Indian journal of veterinary science and animal husbandry - Volumes 24-25, 1954-1955
Year: 1954
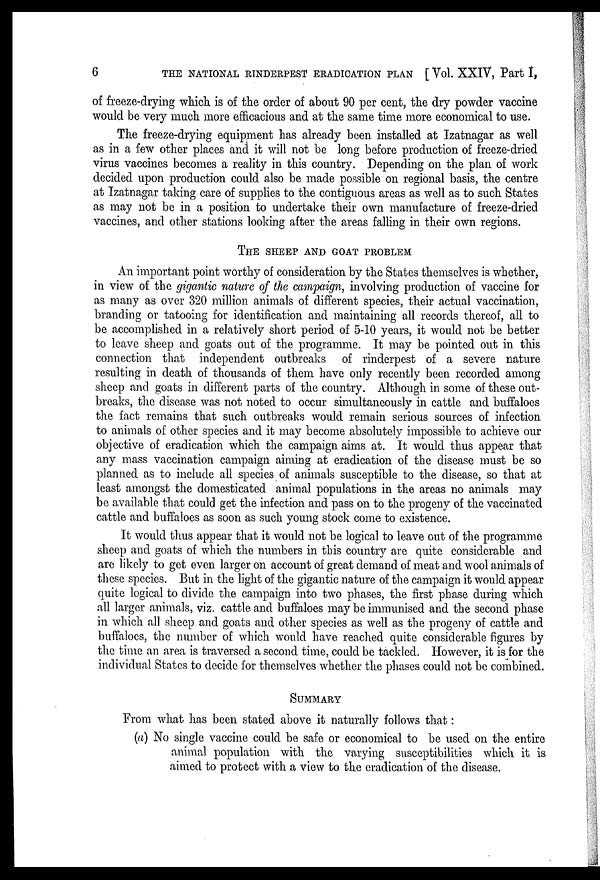
6
THE NATIONAL RINDERPEST ERADICATION PLAN [Vol. XXIV, Part I,
of freeze-drying which is of the order of about 90 per cent, the dry powder vaccine
would be very much more efficacious and at the same time more economical to use.
The freeze-drying equipment has already been installed at Izatnagar as well
as in a few other places and it will not be long before production of freeze-dried
virus vaccines becomes a reality in this country. Depending on the plan of work
decided upon production could also be made possible on regional basis, the centre
at Izatnagar taking care of supplies to the contiguous areas as well as to such States
as may not be in a position to undertake their own manufacture of freeze-dried
vaccines, and other stations looking after the areas falling in their own regions.
THE SHEEP AND GOAT PROBLEM
An important point worthy of consideration by the States themselves is whether,
in view of the gigantic nature of the campaign, involving production of vaccine for
as many as over 320 million animals of different species, their actual vaccination,
branding or tatooing for identification and maintaining all records thereof, all to
be accomplished in a relatively short period of 5-10 years, it would not be better
to leave sheep and goats out of the programme. It may be pointed out in this
connection that independent outbreaks of rinderpest of a severe nature
resulting in death of thousands of them have only recently been recorded among
sheep and goats in different parts of the country. Although in some of these out-
breaks, the disease was not noted to occur simultaneously in cattle and buffaloes
the fact remains that such outbreaks would remain serious sources of infection
to animals of other species and it may become absolutely impossible to achieve our
objective of eradication which the campaign aims at. It would thus appear that
any mass vaccination campaign aiming at eradication of the disease must be so
planned as to include all species of animals susceptible to the disease, so that at
least amongst the domesticated animal populations in the areas no animals may
be available that could get the infection and pass on to the progeny of the vaccinated
cattle and buffaloes as soon as such young stock come to existence.
It would thus appear that it would not be logical to leave out of the programme
sheep and goats of which the numbers in this country are quite considerable and
are likely to get even larger on account of great demand of meat and wool animals of
these species. But in the light of the gigantic nature of the campaign it would appear
quite logical to divide the campaign into two phases, the first phase during which
all larger animals, viz. cattle and buffaloes may be immunised and the second phase
in which all sheep and goats and other species as well as the progeny of cattle and
buffaloes, the number of which would have reached quite considerable figures by
the time an area is traversed a second time, could be tackled. However, it is for the
individual States to decide for themselves whether the phases could not be combined.
SUMMARY
From what has been stated above it naturally follows that:
(a) No single vaccine could be safe or economical to be used on the entire
animal population with the varying susceptibilities which it is
aimed to protect with a view to the eradication of the disease.